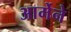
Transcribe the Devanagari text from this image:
आर्मेने